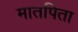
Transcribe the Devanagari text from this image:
मातपिता